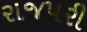
રાજપરી